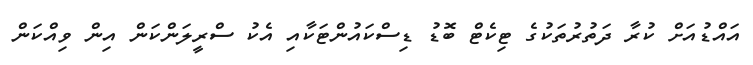
އައްޑުއަށް ކުރާ ދަތުރުތަކުގެ ޓިކެޓް ބޮޑު ޑިސްކައުންޓަކާއި އެކު ސްރީލަންކަން އިން ވިއްކަން